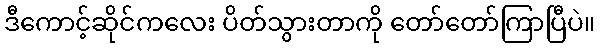
ဒီကောင့်ဆိုင်ကလေး ပိတ်သွားတာကို တော်တော်ကြာပြီပဲ။